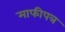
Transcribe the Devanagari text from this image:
माफीपत्र